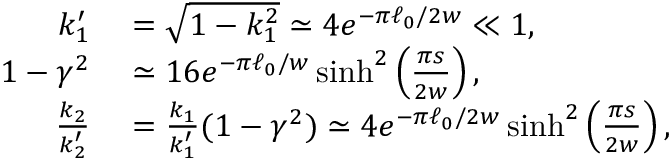
\begin{array} { r l } { k _ { 1 } ^ { \prime } } & { { } = \sqrt { 1 - k _ { 1 } ^ { 2 } } \simeq 4 e ^ { - \pi \ell _ { 0 } / 2 w } \ll 1 , } \\ { 1 - \gamma ^ { 2 } } & { { } \simeq 1 6 e ^ { - \pi \ell _ { 0 } / w } \sinh ^ { 2 } \left( \frac { \pi s } { 2 w } \right) , } \\ { \frac { k _ { 2 } } { k _ { 2 } ^ { \prime } } } & { { } = \frac { k _ { 1 } } { k _ { 1 } ^ { \prime } } ( 1 - \gamma ^ { 2 } ) \simeq 4 e ^ { - \pi \ell _ { 0 } / 2 w } \sinh ^ { 2 } \left( \frac { \pi s } { 2 w } \right) , } \end{array}